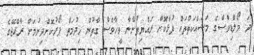
ދަ މޯލްޑިވްސްގެ މަސައްކަތްތައް ފުޅާކޮށް ރައްޔިތުންނާ ވީހާވެސް ގާތުން ޚިދުމަތް ފޯރުކޮށްދިނުމަށް ރާއްޖޭގެ